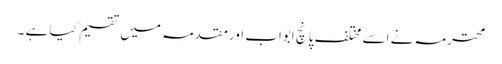
محترمہ نے اسے مختلف پانچ ابواب اورمقدمہ میں تقسیم کیا ہے ۔